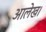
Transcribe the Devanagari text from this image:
आलेख।